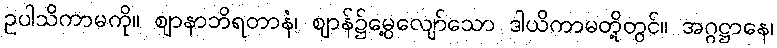
ဥပါသိကာမကို။ ဈာနာဘိရတာနံ၊ ဈာန်၌မွေ့လျော်သော ဒါယိကာမတို့တွင်။ အဂ္ဂဋ္ဌာနေ၊